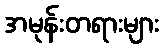
အမုန်းတရားများ